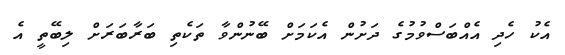
އެކު ހެދި އެއްބަސްވުމުގެ ދަށުން އެކަމަށް ބޭނުންވާ ތަކެތި ބަރާބަރަށް ލިބޭތީ އެ